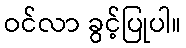
ဝင်လာ ခွင့်ပြုပါ။